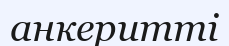
анкеритті